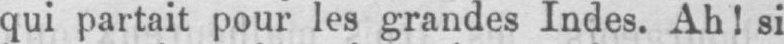
qui partait pour les grandes Indes. Ah! si